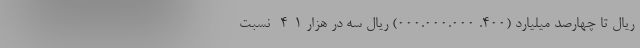
ریال تا چهارصد میلیارد (۴۰۰. ۰۰۰.۰۰۰.۰۰۰) ریال سه در هزار ۱-۴- نسبت